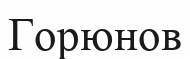
Горюнов